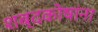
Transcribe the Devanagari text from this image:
शब्दकोषांना